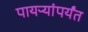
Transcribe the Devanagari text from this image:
पायऱ्यांपर्यंत